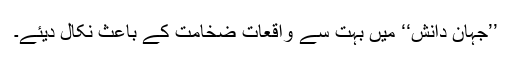
’’جہانِ دانش‘‘ میں بہت سے واقعات ضخامت کے باعث نکال دیئے۔